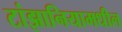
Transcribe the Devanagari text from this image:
टांझानियामधील